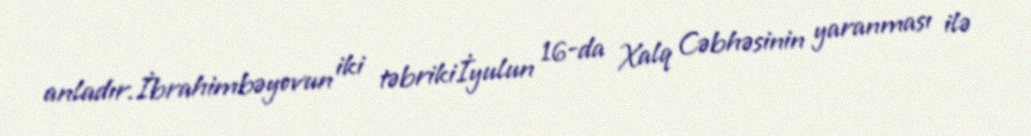
anladır.İbrahimbəyovun iki təbrikiİyulun 16-da Xalq Cəbhəsinin yaranması ilə